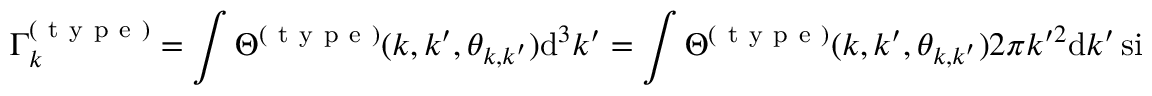
\Gamma _ { k } ^ { ( \mathrm { ~ t ~ y ~ p ~ e ~ } ) } = \int \Theta ^ { ( \mathrm { ~ t ~ y ~ p ~ e ~ } ) } ( k , k ^ { \prime } , \theta _ { \boldsymbol { k } , \boldsymbol { k } ^ { \prime } } ) \mathrm { d } ^ { 3 } \boldsymbol { k } ^ { \prime } = \int \Theta ^ { ( \mathrm { ~ t ~ y ~ p ~ e ~ } ) } ( k , k ^ { \prime } , \theta _ { \boldsymbol { k } , \boldsymbol { k } ^ { \prime } } ) 2 \pi k ^ { \prime 2 } \mathrm { d } k ^ { \prime } \sin \theta _ { \boldsymbol { k } , \boldsymbol { k } ^ { \prime } } \mathrm { d } \theta _ { \boldsymbol { k } , \boldsymbol { k } ^ { \prime } }